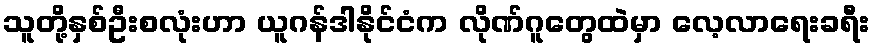
သူတို့နှစ်ဦးစလုံးဟာ ယူဂန်ဒါနိုင်ငံက လိုဏ်ဂူတွေထဲမှာ လေ့လာရေးခရီး